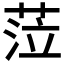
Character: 𦲷